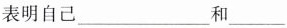
表明自己___和___